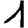
Digit: 1